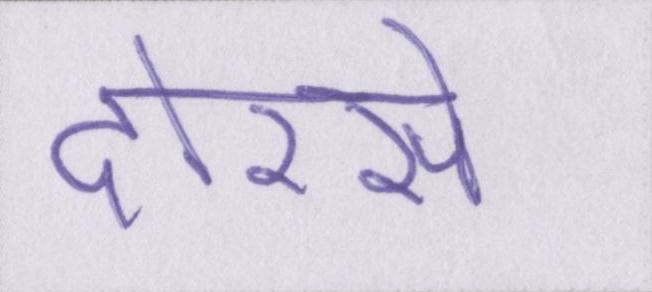
दोरसे